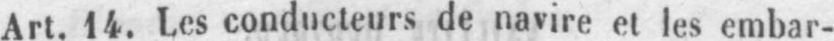
Art. 14. Les conducteurs de navire et les embar-